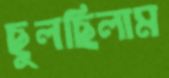
ছুলছিলাম